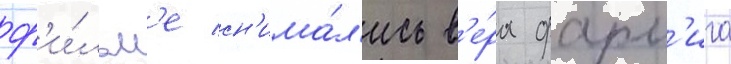
ф'и́льм'е сн'има́л'ись в'е́ра фарм'ига